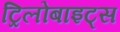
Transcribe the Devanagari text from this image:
ट्रिलोबाइट्स